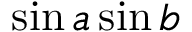
\sin a \sin b